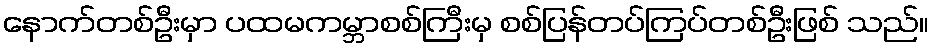
နောက်တစ်ဦးမှာ ပထမကမ္ဘာစစ်ကြီးမှ စစ်ပြန်တပ်ကြပ်တစ်ဦးဖြစ် သည်။